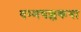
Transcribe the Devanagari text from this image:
धम्मचक्ककथा